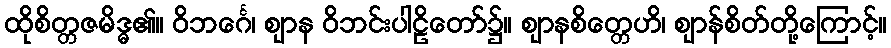
ထိုစိတ္တဇမိဒ္ဓ၏။ ဝိဘင်္ဂေ၊ ဈာန ဝိဘင်းပါဠိတော်၌။ ဈာနစိတ္တေဟိ၊ ဈာန်စိတ်တို့ကြောင့်။